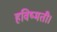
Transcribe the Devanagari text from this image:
हविष्मती।